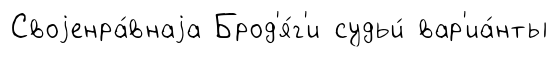
Своjенра́внаjа Брод'я́г'и судьи́ вар'иа́нты